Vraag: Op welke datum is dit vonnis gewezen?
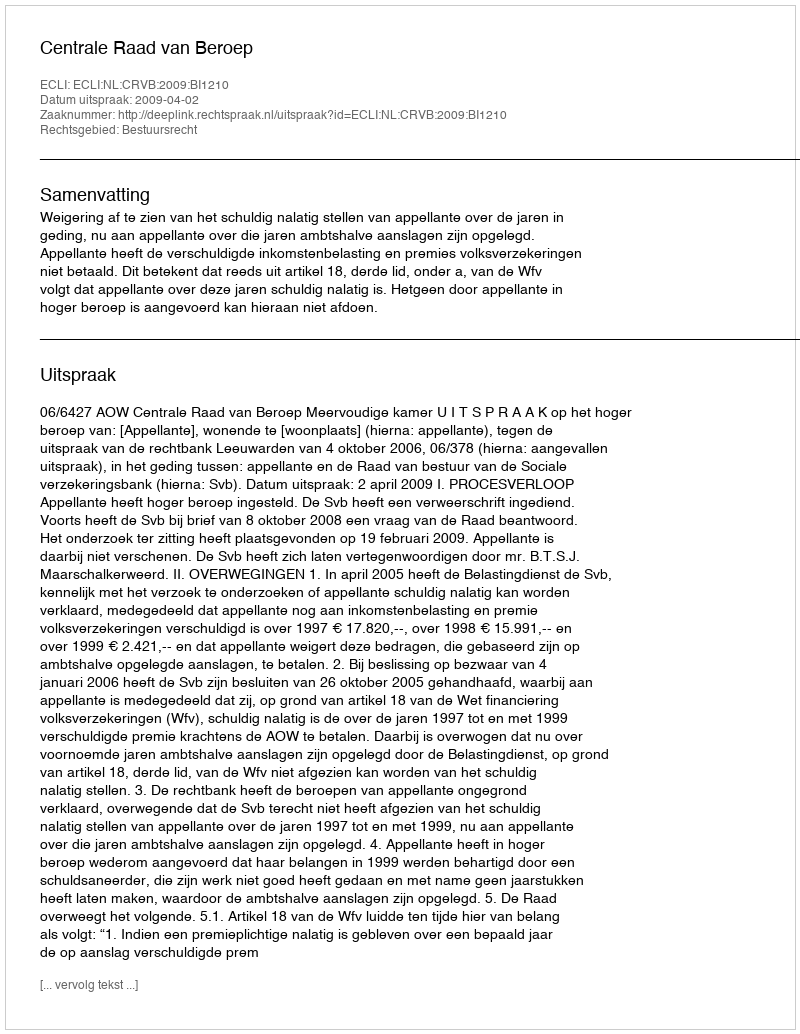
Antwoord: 2009-04-02